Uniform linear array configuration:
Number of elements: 4
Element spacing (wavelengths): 1
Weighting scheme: binomial
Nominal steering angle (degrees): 45
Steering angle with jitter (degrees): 44.175
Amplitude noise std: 0.05
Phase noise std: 0.05

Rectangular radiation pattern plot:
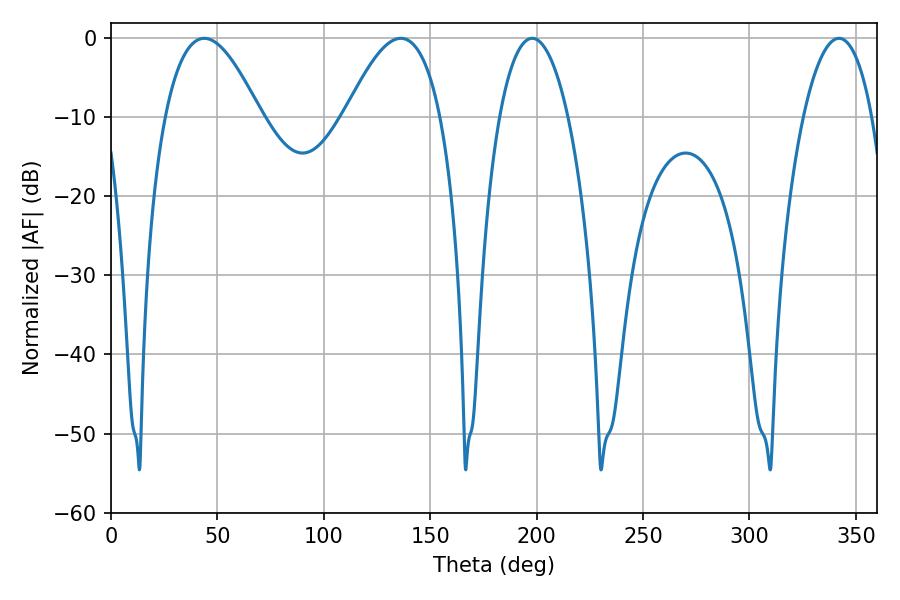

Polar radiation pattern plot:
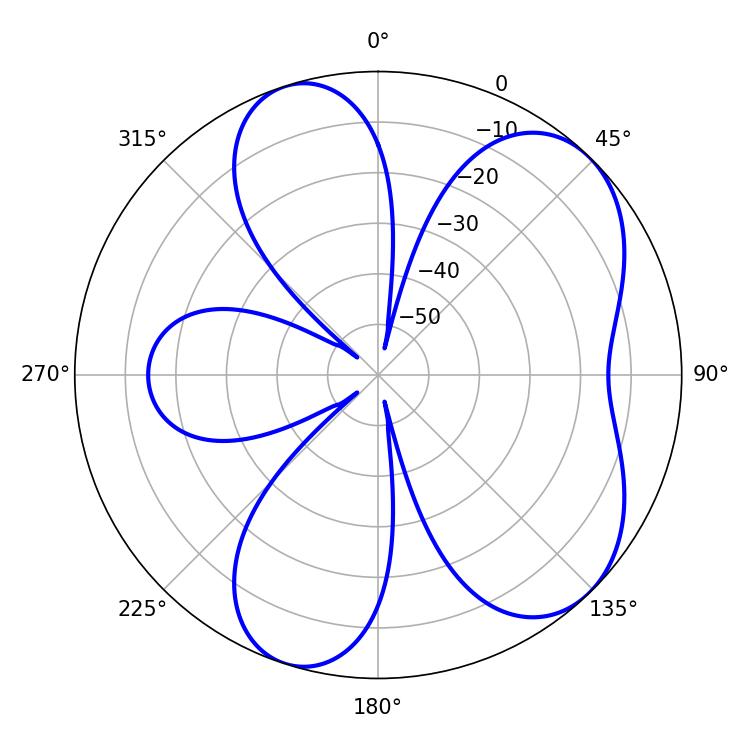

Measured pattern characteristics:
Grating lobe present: TRUE
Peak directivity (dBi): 6.437
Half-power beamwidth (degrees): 24.48
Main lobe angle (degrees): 43.74